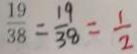
\frac { 1 9 } { 3 8 } = \frac { 1 9 } { 3 8 } = \frac { 1 } { 2 }